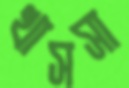
খাসসা